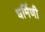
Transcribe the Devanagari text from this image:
धर्मिणी